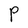
Character: P